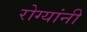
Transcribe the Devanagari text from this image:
रोग्यांनी